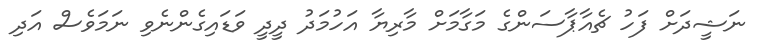
ނަޝީދަށް ފަހު ޗެއާޕާސަންގެ މަގާމަށް މާރިޔާ އަހުމަދު ދީދީ ވަޑައިގެންނެވި ނަމަވެސް އަދި